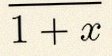
\frac{1}{1+x}